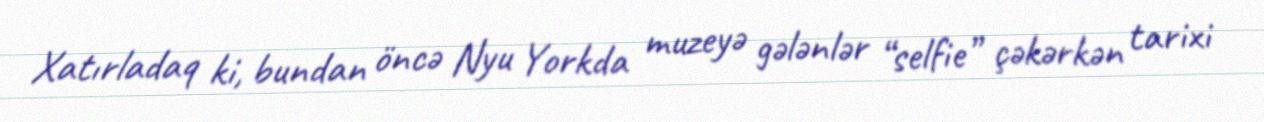
Xatırladaq ki, bundan öncə Nyu Yorkda muzeyə gələnlər “selfie” çəkərkən tarixi